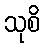
သုစိ